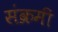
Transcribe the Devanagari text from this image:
संक्रमी